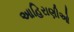
આહિરાણીઓ